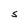
Character: S